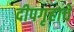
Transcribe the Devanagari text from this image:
दीपगृहाचे